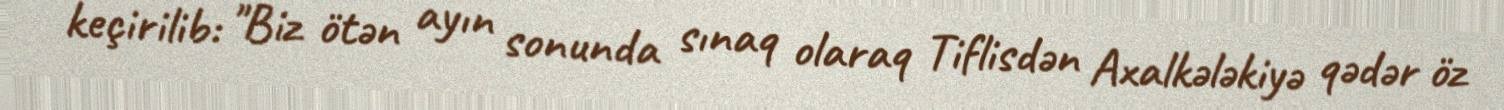
keçirilib: "Biz ötən ayın sonunda sınaq olaraq Tiflisdən Axalkələkiyə qədər öz